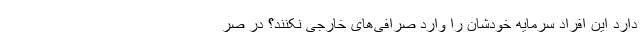
دارد این افراد سرمایه خودشان را وارد صرافی‌های خارجی نکنند؟ در صر